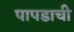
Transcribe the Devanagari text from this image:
पापडाची